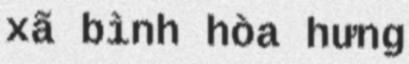
xã bình hòa hưng